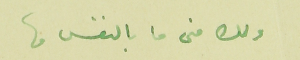
ولك منى ما بالنفس ما